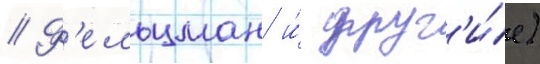
// Ф'ельцман и́ друг'и́е)